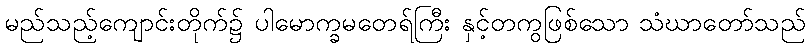
မည်သည့်ကျောင်းတိုက်၌ ပါမောက္ခမတေရ်ကြီး နှင့်တကွဖြစ်သော သံဃာတော်သည်